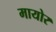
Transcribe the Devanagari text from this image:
मायोर